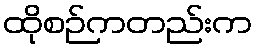
ထိုစဉ်ကတည်းက